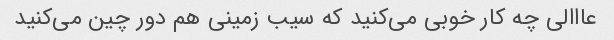
عااالی چه کار خوبی می‌کنید که سیب زمینی هم دور چین می‌کنید